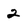
Character: 2